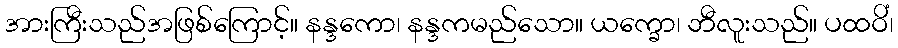
အားကြီးသည်အဖြစ်ကြောင့်။ နန္ဒကော၊ နန္ဒကမည်သော။ ယက္ခော၊ ဘီလူးသည်။ ပထဝိံ၊